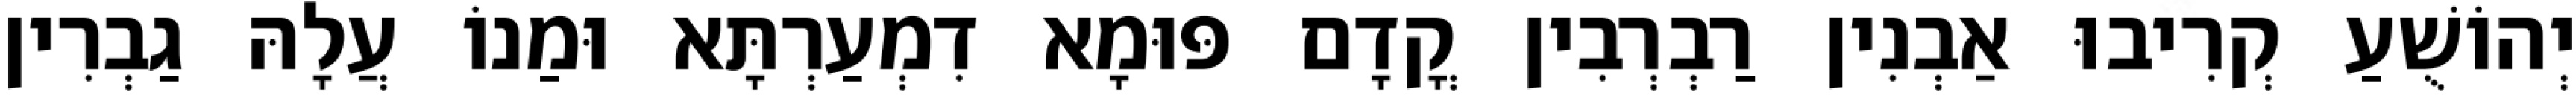
יְהוֹשֻׁעַ קְרִיבוּ אַבְנִין רַבְרְבִין קֳדָם פּוּמָא דִמְעַרְתָּא וּמַנוֹ עֲלָהּ גַבְרִין